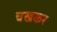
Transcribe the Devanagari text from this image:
चखकर